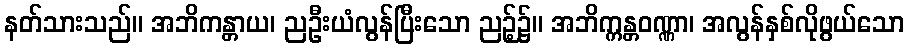
နတ်သားသည်။ အဘိကန္တာယ၊ ညဦးယံလွန်ပြီးသော ညဉ့်၌။ အဘိက္ကန္တဝဏ္ဏာ၊ အလွန်နှစ်လိုဖွယ်သော